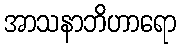
အာသနာဘိဟာရော